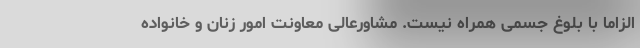
الزاماً با بلوغ جسمی همراه نیست. مشاورعالی معاونت امور زنان و خانواده